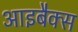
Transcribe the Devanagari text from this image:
आइबैक्स